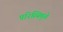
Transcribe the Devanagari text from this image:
परिस्थिमुळे